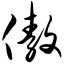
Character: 傲